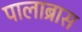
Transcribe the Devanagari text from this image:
पालाब्रास